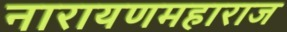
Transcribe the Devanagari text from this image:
नारायणमहाराज